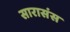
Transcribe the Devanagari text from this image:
सारासंस